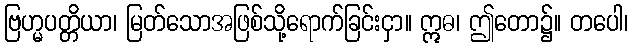
ဗြဟ္မပတ္တိယာ၊ မြတ်သောအဖြစ်သို့ရောက်ခြင်းငှာ။ ဣဓ၊ ဤတော၌။ တပေါ၊